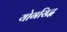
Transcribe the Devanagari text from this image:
योगसिद्ध